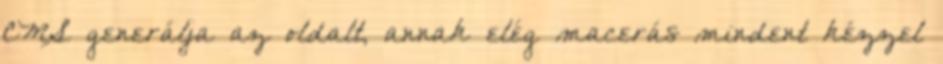
CMS generálja az oldalt, annak elég macerás mindent kézzel